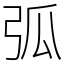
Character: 弧